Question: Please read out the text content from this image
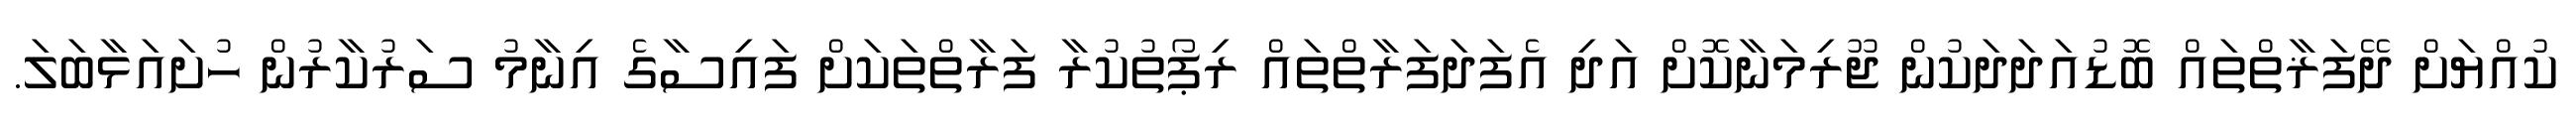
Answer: ކުއްޔަށް ދޭފަޜާތްތައް ބޮޑުއަދަދަކުން ޖޫރިމަނާކޮށް އަދި އެފަދަފަރާތްތައް ރިޕޯތުކުރާ ފަރާތްތަކަށް ފައިސާގެ އިނާމު ސަރުކާރުން ހުށައަޅާބަލަ.